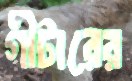
গীটারের